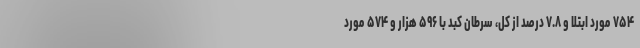
۷۵۴ مورد ابتلا و ۷.۸ درصد از کل، سرطان کبد با ۵۹۶ هزار و ۵۷۴ مورد